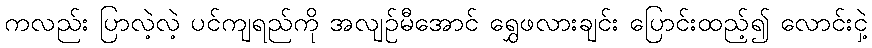
ကလည်း ပြာလဲ့လဲ့ ပင်ကျရည်ကို အလျဉ်မီအောင် ရွှေဖလားချင်း ပြောင်းထည့်၍ လောင်းငှဲ့